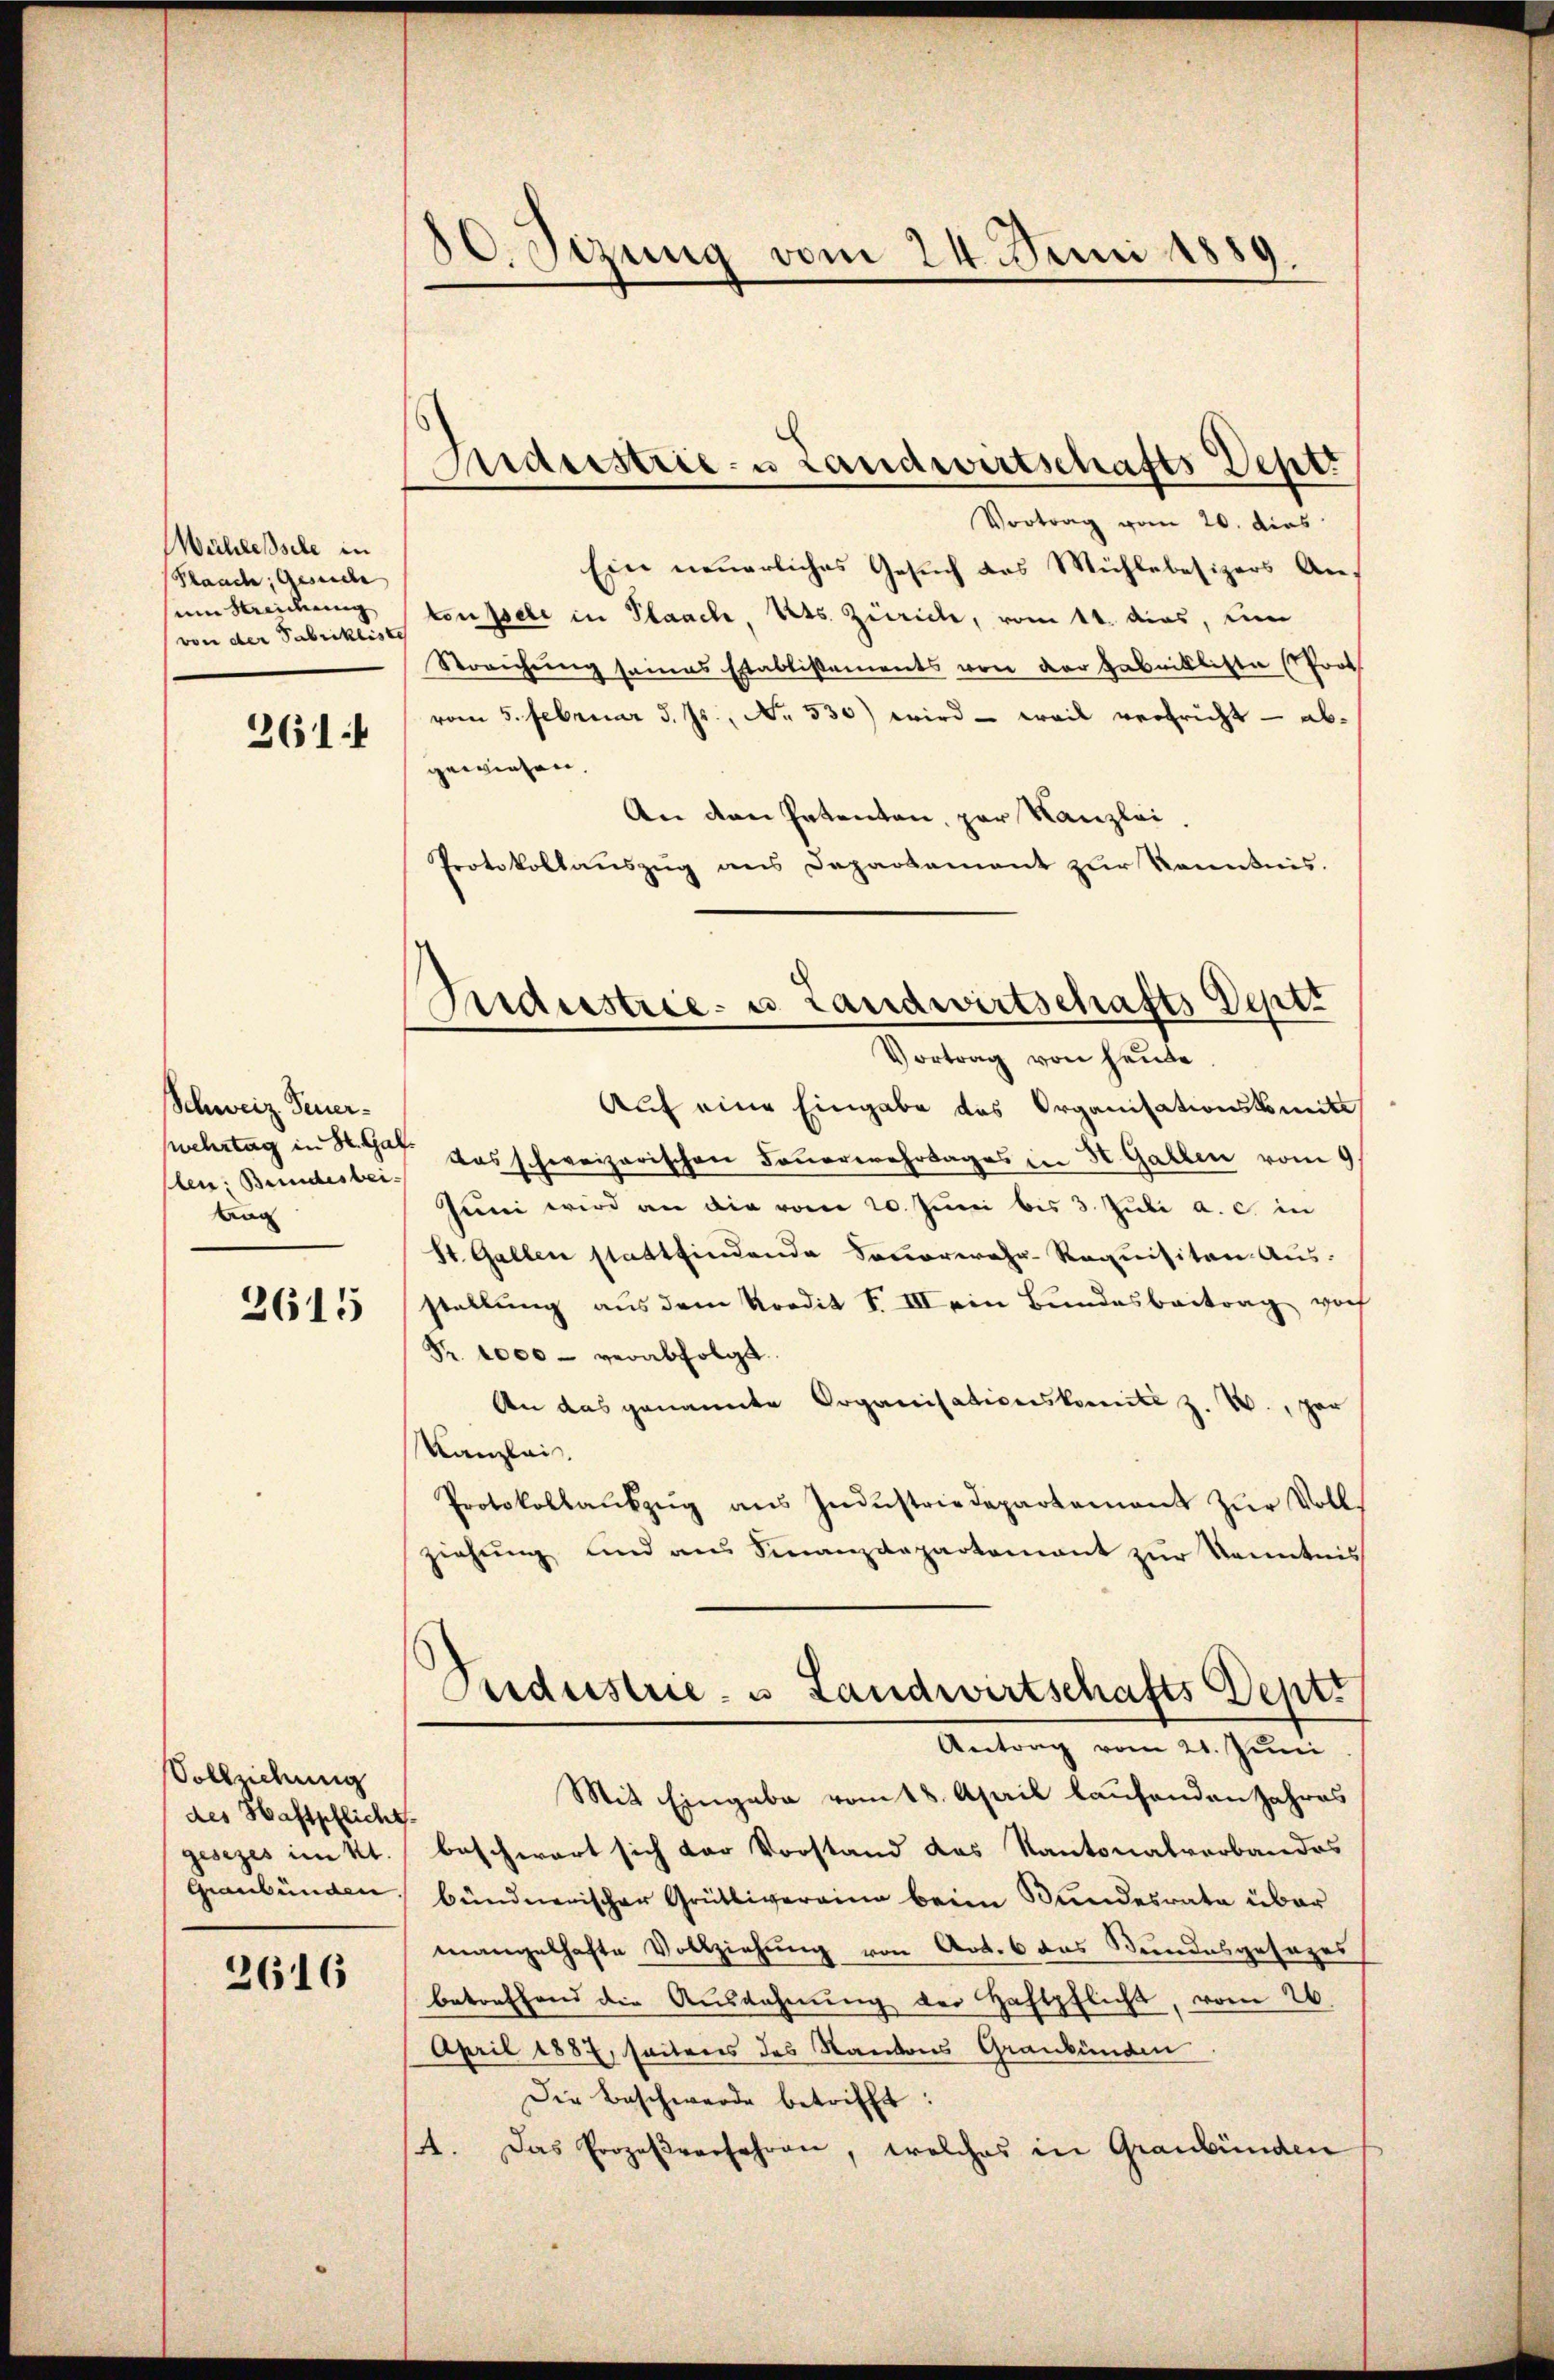
Mühlessele in
Plaach, Gesuche |
um Streiderung
von der Fabrikliste
261:

Schweiz Feuerlen: Bundesbeitng
2615

Vollziehung
des Haftpflicht.
gesezes im Kt.
Graubünden.

2616

0. Sizung vom 24. Juni 1889.

Anderstrie- u Landwirtschafts Deptr

Vortrag vom 20. dies
Ein neuerliches Gesuch des Mühlebesizers Antonssele in Plaach, Kts. Zürich, vom 11. das, um
Streichung seines Etablissements von der Fabrikliste Prot
vom 5. Februar d. Js., No. 530) wird - weil verfricht - abgewiesen.
An den Patenten, par Kanzlei.
Protokollauszug aus Departement zur Kenntnis.
Auf eine Eingabe des Organisationskomite
swechstag in St. Gaf das schweizerischen Feuerwehrtages in St. Gallen vom 9
Juni wird an die vom 20. Juni bis 3. Juli a. c. in
St. Gallen stattfindende Saverwahr-Requisiten Aus-
stellung aus dem Kredit I. III ein Bundesbeitrag vor
Fr. 1000 - verabfolgt.
An das genannte Organisationskomite z. W., son
Kanzlei.
Protokollaŭszŭg aŭs Indŭstriedepartement zŭr Voll-
ziehŭng und ans Finanzdepartement zŭr Kenntnis
Industrie- u Landwirtschafts Deptt
Antrag vom 21. Juni
Mit Eingabe vom 18. April laufenden Jahres
beschwart sich der Vorstand das Kantonalverbandes
bündnerischer Grütliveraine beim Bundesrate über
mangelhafte Vollziehung von Art. 6 das Bundesgesezes
betreffend die Ausdehnung der Haftpflicht, vom 26.
April 1887, seitens des Kantons Graubünden
Die Beschwerde betrifft:
4. Das Prozeßverfahren, welches in Graubünden

Industrie- u. Landwirtschafts Deptr
Vortrag von heute